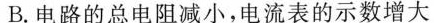
B.电路的总电阻减小，电流表的示数增大